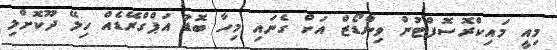
މިއީ މައިކްރޮސޮފްޓުން ވިންޑޯޒް އަށް ގެނައި މިހާ ބޮޑު އަޕްގްރޭޑެއް ހިލޭ ދޫކޮށްލި